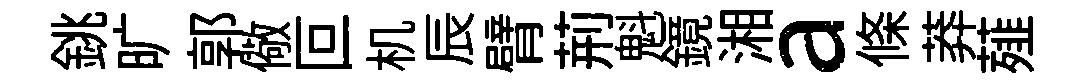
銚旷郭儆叵机辰臂荊魁鏡湘a條莽薤